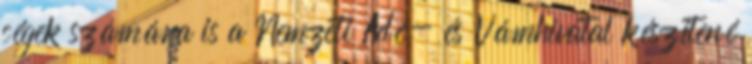
cégek számára is a Nemzeti Adó- és Vámhivatal készítené